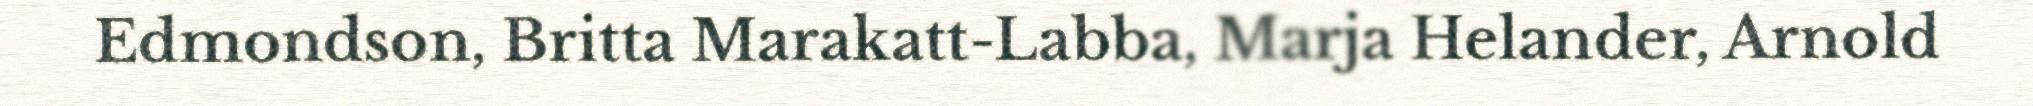
Edmondson, Britta Marakatt-Labba, Marja Helander, Arnold